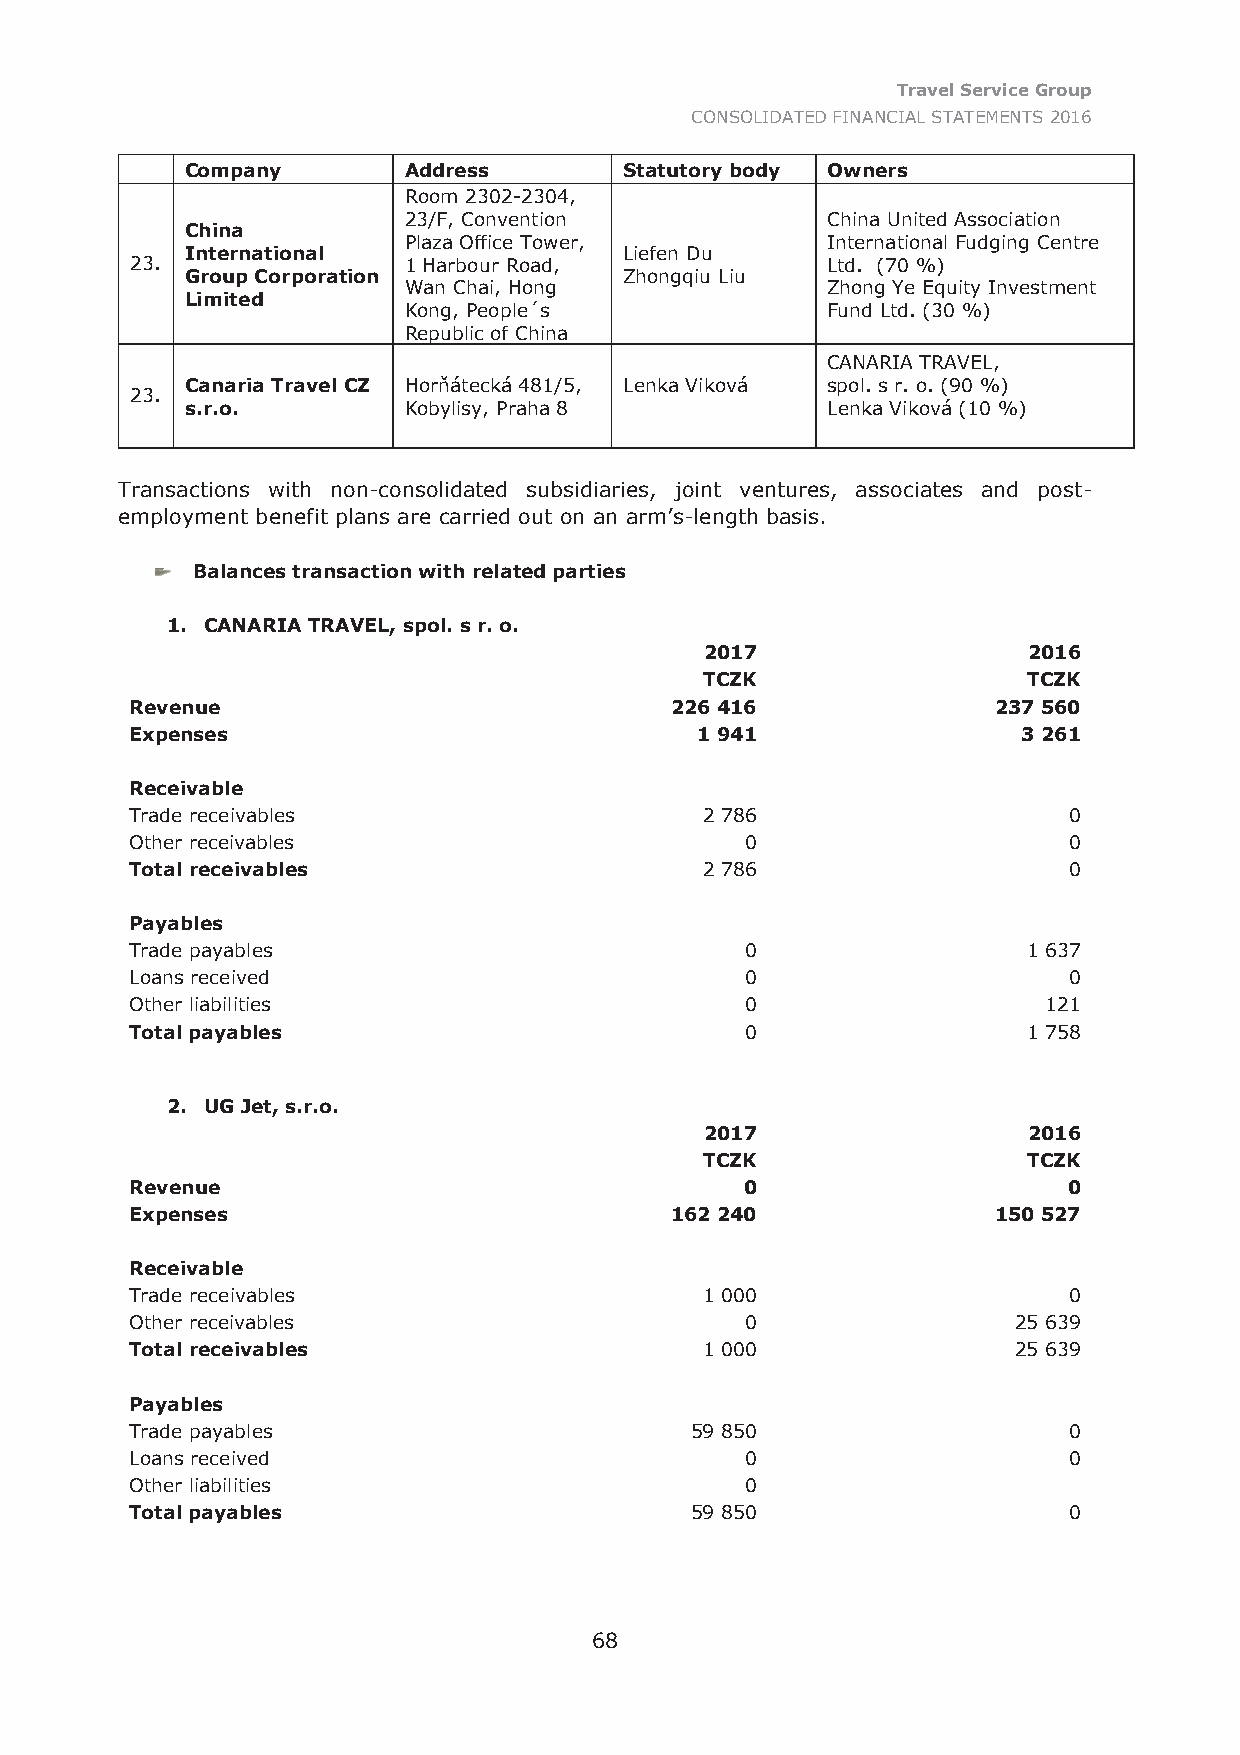
Travel Service Group
 CONSOLIDATED FINANCIAL STATEMENTS 2016
 Company        Address       Statutory body Owners
 Room 2302-2304,
 23/F, Convention            China United Association
 China
 Plaza Office Tower,         International Fudging Centre
 International                Liefen Du
 23.               1 Harbour Road,             Ltd. (70 %)
 Group Corporation            Zhongqiu Liu
 Wan Chai, Hong              Zhong Ye Equity Investment
 Limited
 Kong, People´s              Fund Ltd. (30 %)
 Republic of China
 CANARIA TRAVEL,
 Canaria Travel CZ Horňátecká 481/5, Lenka Viková spol. s r. o. (90 %)
 23.
 s.r.o.         Kobylisy, Praha 8           Lenka Viková (10 %)
 Transactions with non-consolidated subsidiaries, joint ventures, associates and post-
 employment benefit plans are carried out on an arm’s-length basis.
 Balances transaction with related parties
 1. CANARIA TRAVEL, spol. s r. o.
 2017                 2016
 TCZK                 TCZK
 Revenue                            226 416               237 560
 Expenses                             1 941                 3 261
 Receivable
 Trade receivables                     2 786                   0
 Other receivables                       0                     0
 Total receivables                     2 786                   0
 Payables
 Trade payables                          0                  1 637
 Loans received                          0                     0
 Other liabilities                       0                   121
 Total payables                          0                  1 758
 2. UG Jet, s.r.o.
 2017                 2016
 TCZK                 TCZK
 Revenue                                 0                     0
 Expenses                           162 240               150 527
 Receivable
 Trade receivables                     1 000                   0
 Other receivables                       0                 25 639
 Total receivables                     1 000               25 639
 Payables
 Trade payables                       59 850                   0
 Loans received                          0                     0
 Other liabilities                       0
 Total payables                       59 850                   0
 68